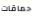
حماقات